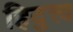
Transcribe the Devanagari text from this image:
हिदुत्त्व